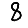
Digit: 8